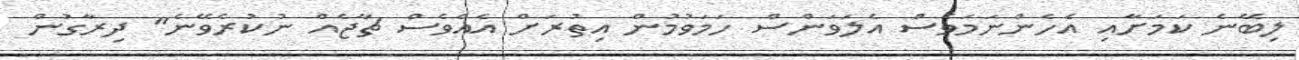
ލިބޭނެ ކަމަށާއި އެހެންނަމަވެސް އެލަވަންސް ހަމަވުމުން އިތުރަށް އެއްވެސް ޗާޖެއް ނުކުރެވޭނެ" ދިރާގުން